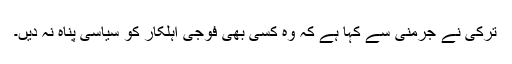
ترکی نے جرمنی سے کہا ہے کہ وہ کسی بھی فوجی اہلکار کو سیاسی پناہ نہ دیں۔